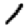
Digit: 1